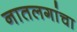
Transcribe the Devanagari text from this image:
नातलगांचा